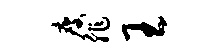
瘦非王